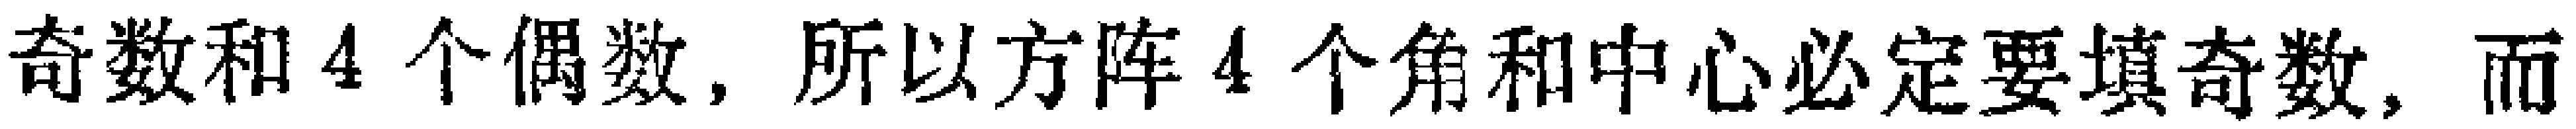
奇数和4个偶数, 所以方阵4个角和中心必定要填奇数, 而